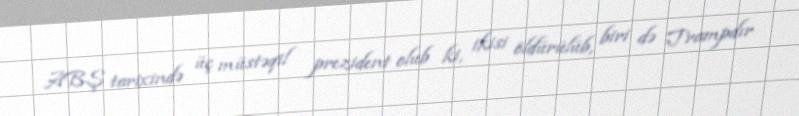
ABŞ tarixində üç müstəqil prezident olub ki, ikisi öldürülüb, biri də Trampdır